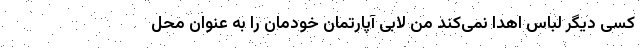
کسی دیگر لباس اهدا نمی‌کند من لابی‌ آپارتمان خودمان را به عنوان محل